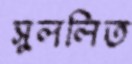
সুললিত